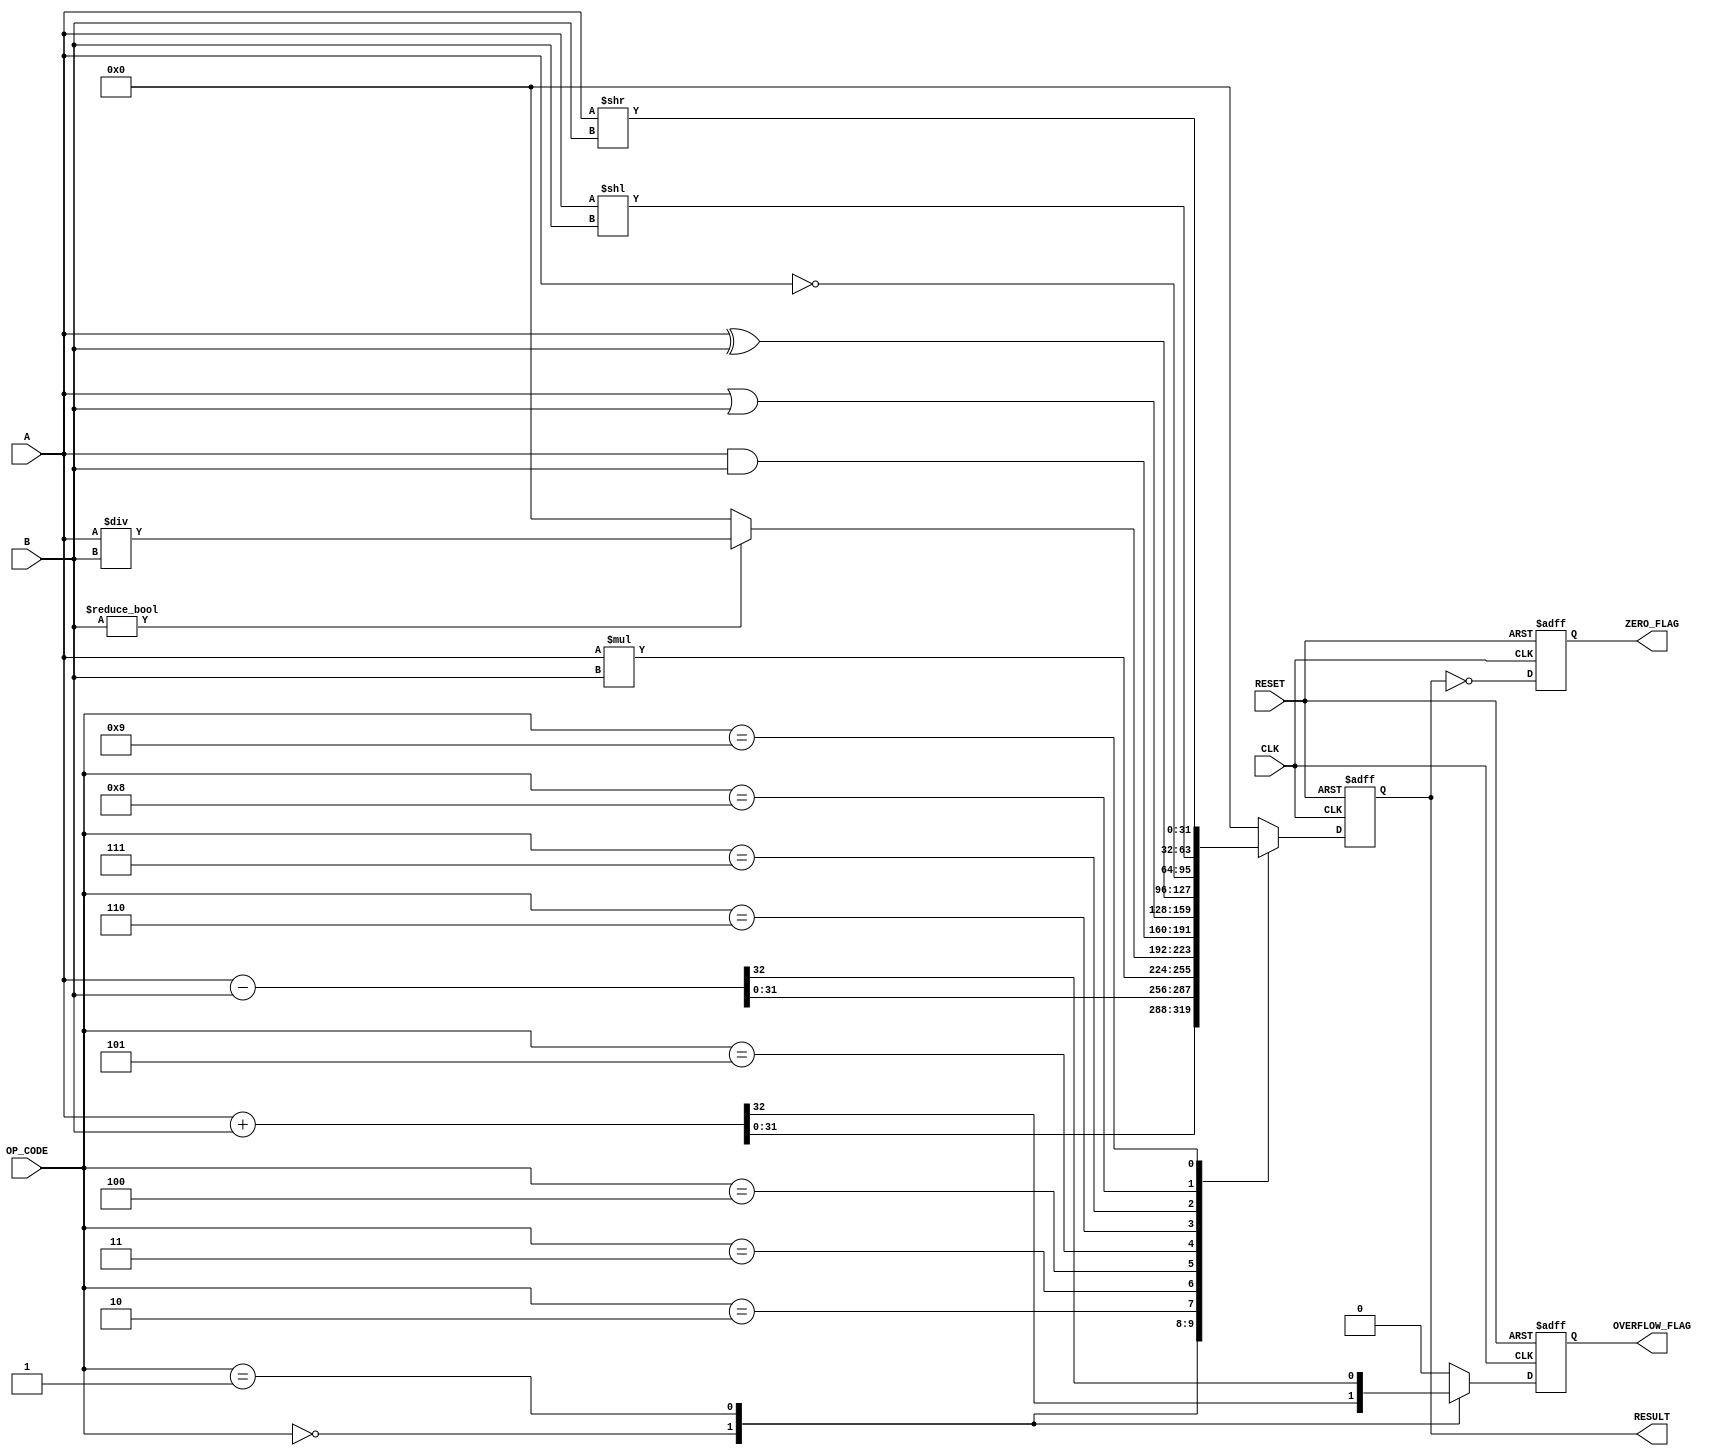
module ParameterizedALU #(
    parameter DATA_WIDTH = 32,
    parameter [3:0] OPERATION_ADD = 4'b0000,
    parameter [3:0] OPERATION_SUB = 4'b0001,
    parameter [3:0] OPERATION_MUL = 4'b0010,
    parameter [3:0] OPERATION_DIV = 4'b0011,
    parameter [3:0] OPERATION_AND = 4'b0100,
    parameter [3:0] OPERATION_OR  = 4'b0101,
    parameter [3:0] OPERATION_XOR = 4'b0110,
    parameter [3:0] OPERATION_NOT = 4'b0111,
    parameter [3:0] OPERATION_SLL = 4'b1000,
    parameter [3:0] OPERATION_SRL = 4'b1001
)(
    input  wire [DATA_WIDTH-1:0] A,
    input  wire [DATA_WIDTH-1:0] B,
    input  wire [3:0] OP_CODE,
    input  wire CLK,
    input  wire RESET,
    output reg [DATA_WIDTH-1:0] RESULT,
    output reg ZERO_FLAG,
    output reg OVERFLOW_FLAG
);
    
    // Internal signals
    reg [DATA_WIDTH-1:0] temp_result;
    reg overflow;

    always @(posedge CLK or posedge RESET) begin
        if (RESET) begin
            RESULT <= 0;
            ZERO_FLAG <= 0;
            OVERFLOW_FLAG <= 0;
        end else begin
            // Reset temp_result and overflow for each operation
            temp_result = 0;
            overflow = 0;

            case (OP_CODE)
                OPERATION_ADD: begin
                    {overflow, temp_result} = A + B; // Add with overflow detection
                end
                OPERATION_SUB: begin
                    {overflow, temp_result} = A - B; // Subtract with overflow detection
                end
                OPERATION_MUL: begin
                    temp_result = A * B; // Multiplication
                    overflow = 1'b0; // No overflow flag for multiplication in this design
                end
                OPERATION_DIV: begin
                    if (B != 0) begin
                        temp_result = A / B; // Division
                    end else begin
                        temp_result = 0; // Handle division by zero
                    end
                end
                OPERATION_AND: begin
                    temp_result = A & B; // AND operation
                end
                OPERATION_OR: begin
                    temp_result = A | B; // OR operation
                end
                OPERATION_XOR: begin
                    temp_result = A ^ B; // XOR operation
                end
                OPERATION_NOT: begin
                    temp_result = ~A; // NOT operation (A is treated as a single operand)
                end
                OPERATION_SLL: begin
                    temp_result = A << B[DATA_WIDTH-1:0]; // Shift left
                end
                OPERATION_SRL: begin
                    temp_result = A >> B[DATA_WIDTH-1:0]; // Shift right
                end
                default: begin
                    temp_result = 0; // Default case
                end
            endcase

            // Update result and flags
            RESULT <= temp_result;
            ZERO_FLAG <= (RESULT == 0);
            OVERFLOW_FLAG <= overflow;
        end
    end
    
endmodule